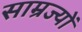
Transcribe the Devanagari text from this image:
साम्रज्यों